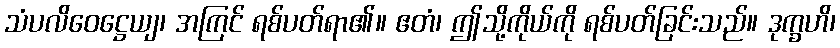
သံပလိဝေဋ္ဌေယျ၊ အကြင် ရစ်ပတ်ရာ၏။ ဧတံ၊ ဤသို့ကိုယ်ကို ရစ်ပတ်ခြင်းသည်။ ဒုက္ခဟိ၊